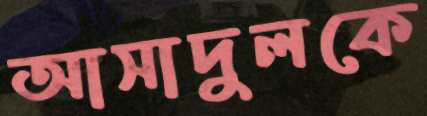
আসাদুলকে